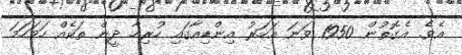
އެވެ. އެގޮތުން 1950 ވަނަ އަހަރު އިންޑިއާގައި ހުރިހާ ދީން ތަކެއް ހަމަހަމަ